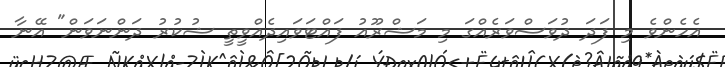
އެހެންވެ މި ފަދަ ދުވަސްވަރެއްގަ މި މަޝްރޫއު ފައްޓަވައިދެއްވީތީ ޝުކުރު ދަންނަވަން" އޭނާ